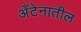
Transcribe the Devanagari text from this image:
अँटेनातील